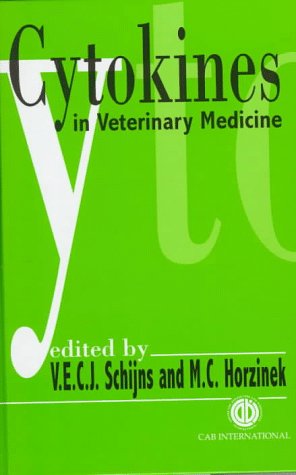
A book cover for Cytokines in Veterinary Medicine; Virgil E C J Schijns; Medical Books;